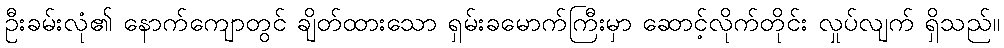
ဦးခမ်းလုံ၏ နောက်ကျောတွင် ချိတ်ထားသော ရှမ်းခမောက်ကြီးမှာ ဆောင့်လိုက်တိုင်း လှုပ်လျက် ရှိသည်။